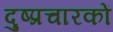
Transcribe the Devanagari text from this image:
दुष्प्रचारकों